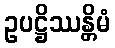
ဥပဋ္ဌိဿန္တိမံ